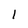
Character: l